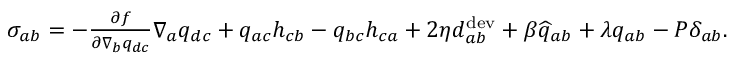
\begin{array} { r } { { \sigma } _ { a b } = - \frac { \partial f } { \partial \nabla _ { b } q _ { d c } } \nabla _ { a } q _ { d c } + q _ { a c } h _ { c b } - q _ { b c } h _ { c a } + 2 \eta { d } _ { a b } ^ { \mathrm { d e v } } + \beta \widehat { { q } } _ { a b } + \lambda { q } _ { a b } - P \delta _ { a b } . } \end{array}